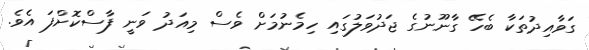
ގަވާއިދުތަކާ ބެހޭ ގާނޫނުގެ ޖަދުވަލުގައި ހިމެނުމަށް ވެސް މިއަދު ވަނީ ފާސްކޮށްފަ އެވެ.